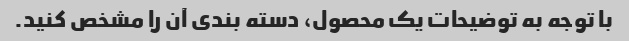
با توجه به توضیحات یک محصول، دسته بندی آن را مشخص کنید.